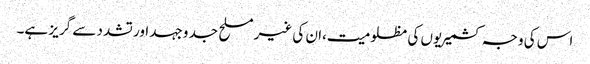
اس کی وجہ کشمیریوں کی مظلومیت،ان کی غیر مسلح جد وجہد اور تشدد سے گریز ہے۔